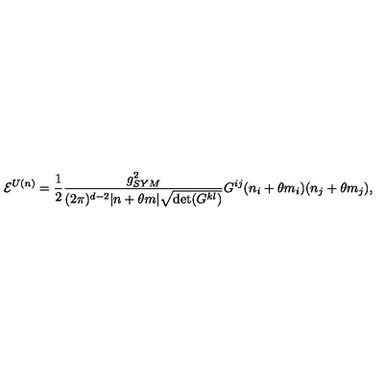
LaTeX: { \cal E } ^ { U ( n ) } = \frac { 1 } { 2 } \frac { g _ { S Y M } ^ { 2 } } { ( 2 \pi ) ^ { d - 2 } | n + \theta m | \sqrt { \det ( G ^ { k l } ) } } G ^ { i j } ( n _ { i } + \theta m _ { i } ) ( n _ { j } + \theta m _ { j } ) ,